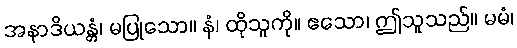
အနာဒိယန္တံ၊ မပြုသော။ နံ၊ ထိုသူကို။ ဧသော၊ ဤသူသည်။ မမံ၊